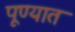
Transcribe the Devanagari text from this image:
पूण्यात